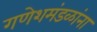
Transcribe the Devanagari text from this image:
गणेशमंडळांना